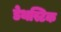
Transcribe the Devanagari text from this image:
डेथस्टिक